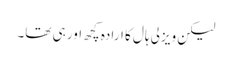
لیکن ویزلی ہال کا ارادہ کچھ اور ہی تھا۔